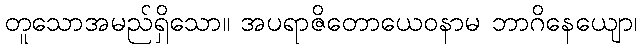
တူသောအမည်ရှိသော။ အပရာဇိတောယေဝနာမ ဘာဂိနေယျော၊